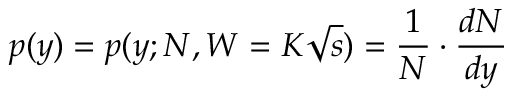
p ( y ) = p ( y ; N , W = K \sqrt { s } ) = \frac { 1 } { N } \cdot \frac { d N } { d y }